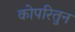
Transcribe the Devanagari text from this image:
कोपरितुन